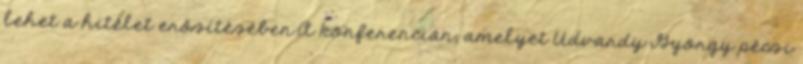
lehet a hitélet erősítésében.A konferencián, amelyet Udvardy György pécsi